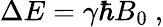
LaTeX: \Delta{E}=\gamma\hbar B_{0}\ ,